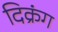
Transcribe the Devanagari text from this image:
दिक्रंग